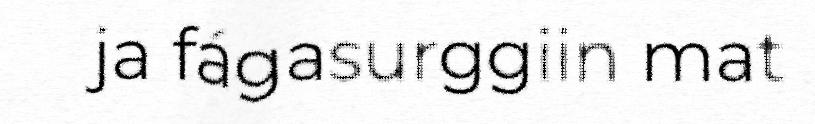
ja fágasurggiin mat